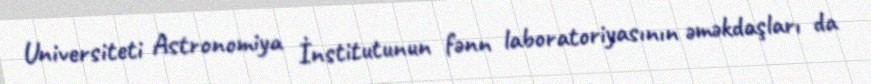
Universiteti Astronomiya İnstitutunun fənn laboratoriyasının əməkdaşları da